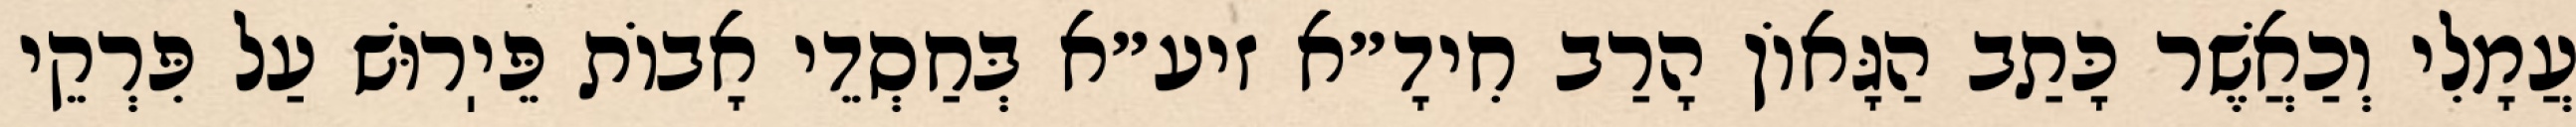
עֲמָלִי וְכַאֲשֶׁר כָּתַב הַגָּאוֹן הָרַב חִידָ״א זיע״א בְּחַסְדֵי אָבוֹת פֵּיֽרוּשׁ עַל פִּרְקֵי